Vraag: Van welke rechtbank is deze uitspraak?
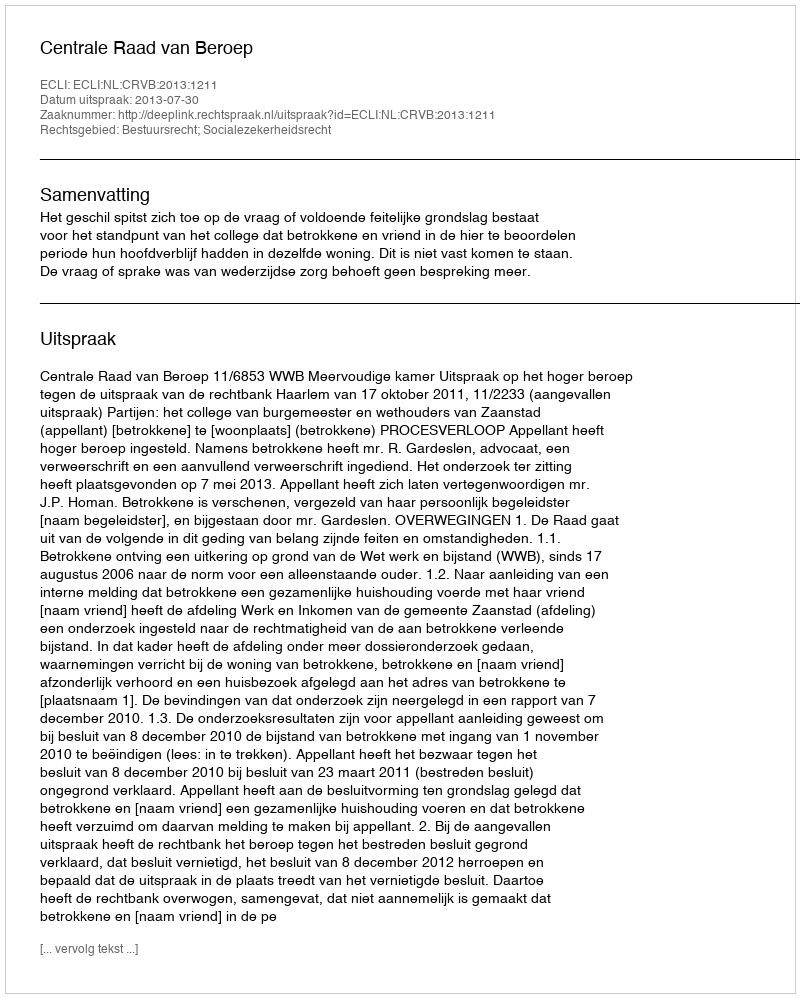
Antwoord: Centrale Raad van Beroep